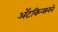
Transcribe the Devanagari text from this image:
ॲटकिन्सनने